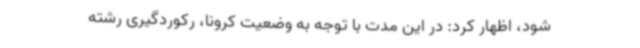
شود، اظهار کرد: در این مدت با توجه به وضعیت کرونا، رکوردگیری رشته